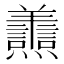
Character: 𦏬